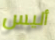
أليس